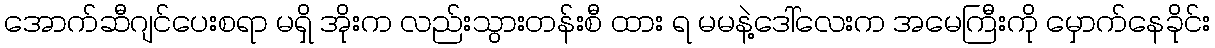
အောက်ဆီဂျင်ပေးစရာ မရှိ အိုးက လည်းသွားတန်းစီ ထား ရ မမနဲ့ဒေါ်လေးက အမေကြီးကို မှောက်နေခိုင်း